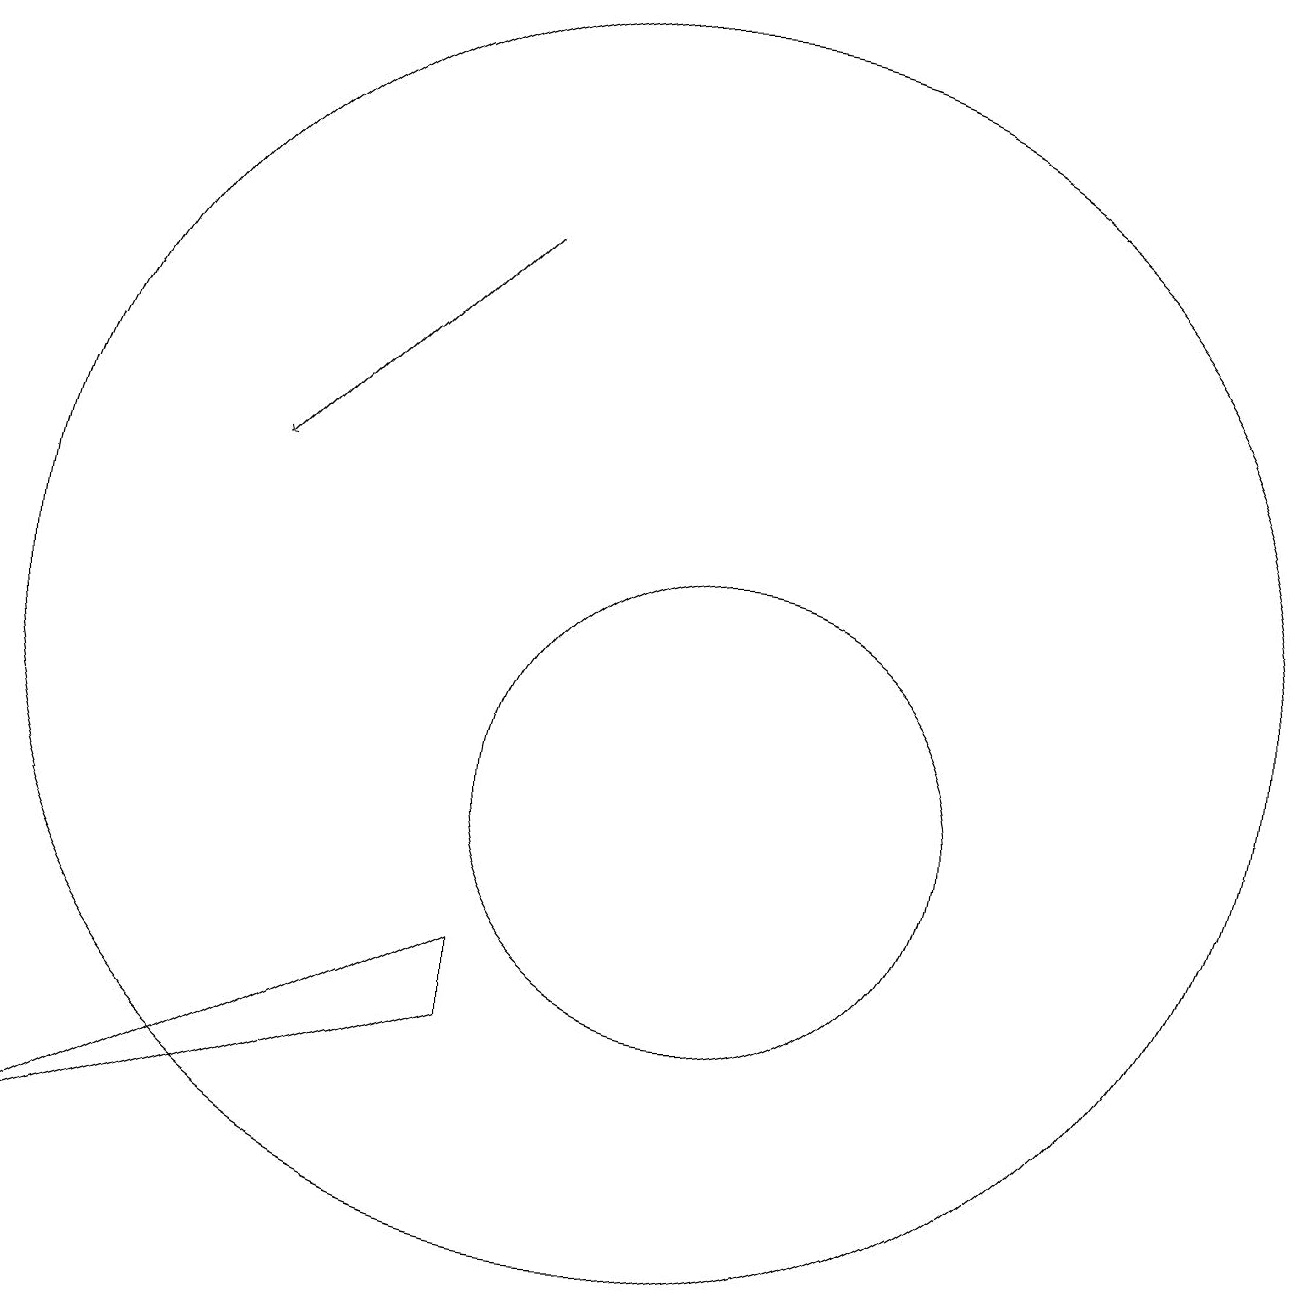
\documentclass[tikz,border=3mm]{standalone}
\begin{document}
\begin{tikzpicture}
\draw[->] (9,17) -- (6,14);
\draw (12,10) circle (3);
\draw (11,12) circle (8);
\draw (9,8) -- (3,5) -- (9,7) -- cycle;
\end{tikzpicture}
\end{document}